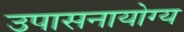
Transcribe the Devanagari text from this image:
उपासनायोग्य